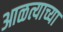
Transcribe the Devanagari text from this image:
आळत्याच्या